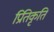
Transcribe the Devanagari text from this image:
प्रितिकृति